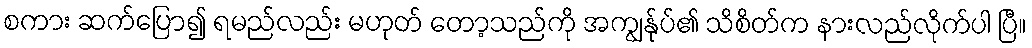
စကား ဆက်ပြော၍ ရမည်လည်း မဟုတ် တော့သည်ကို အကျွန်ုပ်၏ သိစိတ်က နားလည်လိုက်ပါ ပြီ။